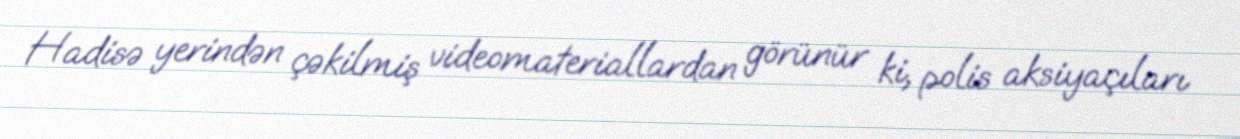
Hadisə yerindən çəkilmiş videomateriallardan görünür ki, polis aksiyaçıları